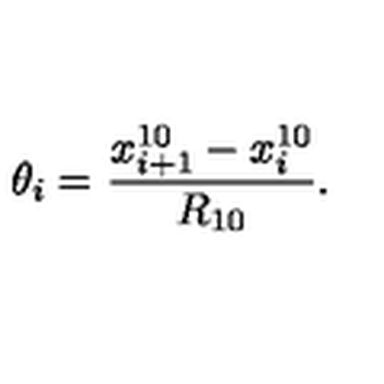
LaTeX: \theta _ { i } = \frac { x _ { i + 1 } ^ { 1 0 } - x _ { i } ^ { 1 0 } } { R _ { 1 0 } } .